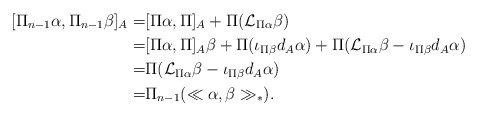
\begin{align*} [\Pi_{n-1}\alpha, \Pi_{n-1}\beta]_{A} =& [\Pi\alpha, \Pi]_{A}+ \Pi(\mathcal{L}_{\Pi\alpha}\beta)\\ =& [\Pi\alpha,\Pi]_{A}\beta+ \Pi(\iota_{\Pi\beta}d_{A}\alpha)+ \Pi(\mathcal{L}_{\Pi\alpha}\beta-\iota_{\Pi\beta}d_{A}\alpha)\\ =& \Pi(\mathcal{L}_{\Pi\alpha}\beta- \iota_{\Pi\beta}d_{A}\alpha)\\ =& \Pi_{n-1}(\ll \alpha,\beta\gg_\ast).\end{align*}